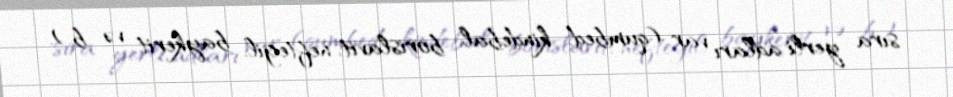
sıra yerli adları var (qumbed, kindebal, borislavit, neftegil, baykerit və b.).